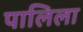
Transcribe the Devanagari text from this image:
पालिला